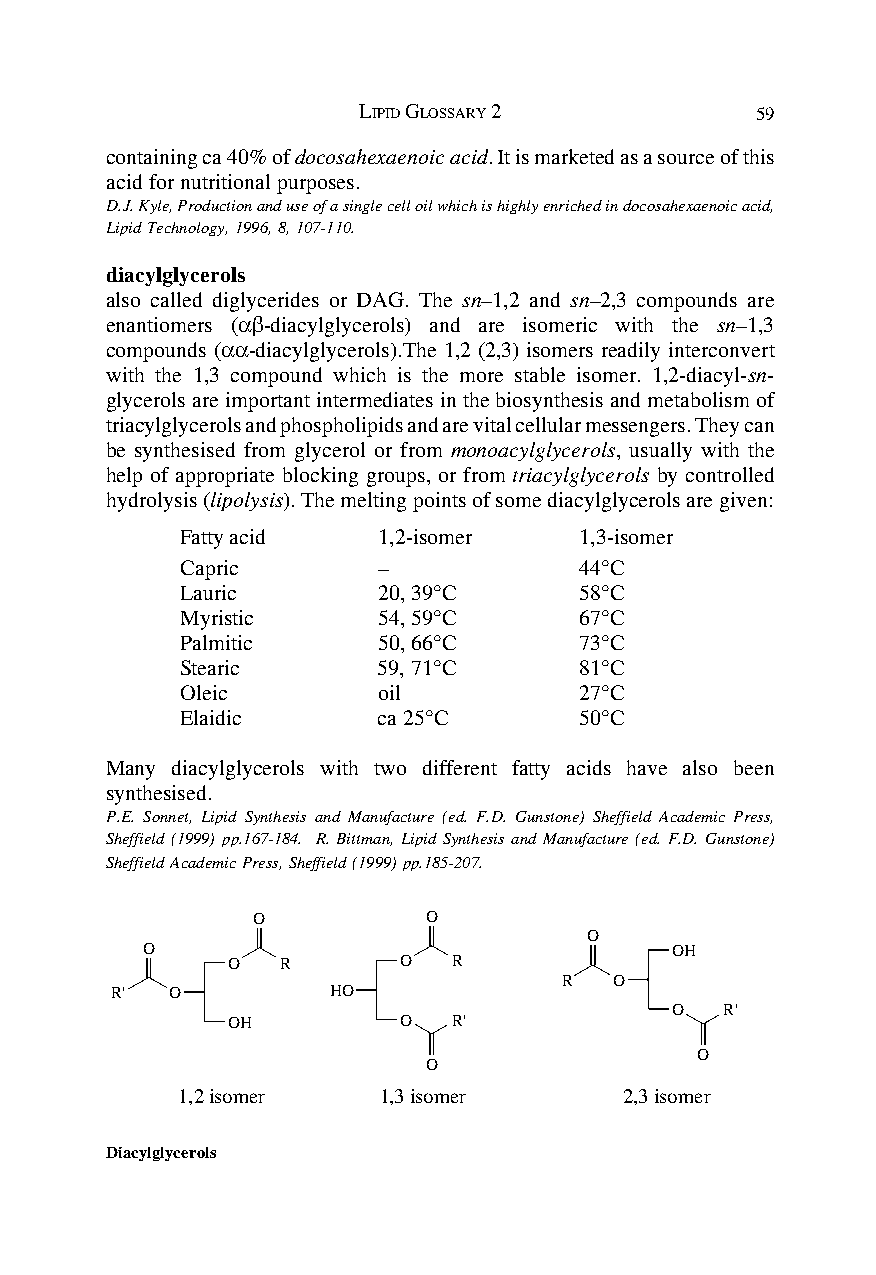
LIPID GLOSSARY 2          59
 containing ca 40% of docosahexaenoic acid. It is marketed as a source of this
 acid for nutritional purposes.
 D.J. Kyle, Production and use of a single cell oil which is highly enriched in docosahexaenoic acid,
 Lipid Technology, 1996, 8, 107-110.
 diacylglycerols
 also called diglycerides or DAG. The sn–1,2 and sn–2,3 compounds are
 enantiomers (αβ-diacylglycerols) and are isomeric with the sn–1,3
 compounds (αα-diacylglycerols).The 1,2 (2,3) isomers readily interconvert
 with the 1,3 compound which is the more stable isomer. 1,2-diacyl-sn-
 glycerols are important intermediates in the biosynthesis and metabolism of
 triacylglycerols and phospholipids and are vital cellular messengers. They can
 be synthesised from glycerol or from monoacylglycerols, usually with the
 help of appropriate blocking groups, or from triacylglycerols by controlled
 hydrolysis (lipolysis). The melting points of some diacylglycerols are given:
 Fatty acid   1,2-isomer   1,3-isomer
 Capric       –            44°C
 Lauric       20, 39°C     58°C
 Myristic     54, 59°C     67°C
 Palmitic     50, 66°C     73°C
 Stearic      59, 71°C     81°C
 Oleic        oil          27°C
 Elaidic      ca 25°C      50°C
 Many diacylglycerols with two different fatty acids have also been
 synthesised.
 P.E. Sonnet, Lipid Synthesis and Manufacture (ed. F.D. Gunstone) Sheffield Academic Press,
 Sheffield (1999) pp.167-184. R. Bittman, Lipid Synthesis and Manufacture (ed. F.D. Gunstone)
 Sheffield Academic Press, Sheffield (1999) pp.185-207.
 O          O
 O
 O                                  OH
 O  R       O   R
 R   O
 R'  O          HO
 O   R'
 OH         O   R'
 O
 O
 1,2 isomer   1,3 isomer      2,3 isomer
 Diacylglycerols